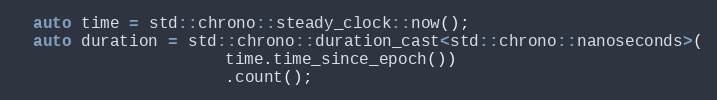
Language: C++
  auto time = std::chrono::steady_clock::now();
  auto duration = std::chrono::duration_cast<std::chrono::nanoseconds>(
                      time.time_since_epoch())
                      .count();